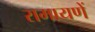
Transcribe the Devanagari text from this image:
रामायणें